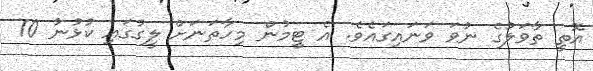
އޮތީ ތާވަލުގެ ނުވަ ވަނައިގައެވެ. އެ ޓީމުން މިހާތަނަށް ލީގުގައި ކުޅުނު 10